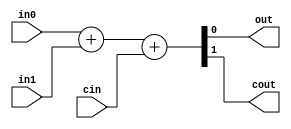
//**************************************************************************
// Verilog Components: Arithmetic Components
//--------------------------------------------------------------------------
// $Id: vcArith.v,v 1.2 2006/03/05 07:03:31 cbatten Exp $
//

//--------------------------------------------------------------------  
// Adders
//--------------------------------------------------------------------

module vcAdder #( parameter W = 1 )
(
  input  [W-1:0] in0, in1,
  input          cin,
  output [W-1:0] out,
  output         cout
);

  assign {cout,out} = in0 + in1 + cin;

endmodule

module vcAdder_simple #( parameter W = 1 )
(
  input  [W-1:0] in0, in1,
  output [W-1:0] out
);

  assign out = in0 + in1;

endmodule

//--------------------------------------------------------------------  
// Subtractor
//--------------------------------------------------------------------

module vcSubtractor #( parameter W = 1 )
(
  input  [W-1:0] in0, in1,
  output [W-1:0] out
);

  assign out = in0 - in1;

endmodule

//--------------------------------------------------------------------  
// Incrementer
//--------------------------------------------------------------------

module vcInc #( parameter W = 1, parameter INC = 1 )
(
  input  [W-1:0] in,
  output [W-1:0] out
);

  assign out = in + INC;

endmodule

//--------------------------------------------------------------------  
// Zero-Extension
//--------------------------------------------------------------------

module vcZeroExtend #( parameter W_IN = 1, parameter W_OUT = 8 )
(
  input  [W_IN-1:0]  in,
  output [W_OUT-1:0] out
);

  assign out = { {(W_OUT-W_IN){1'b0}}, in };

endmodule

//--------------------------------------------------------------------  
// Sign-Extension
//--------------------------------------------------------------------

module vcSignExtend #( parameter W_IN = 1, parameter W_OUT = 8 )
(
  input  [W_IN-1:0]  in,
  output [W_OUT-1:0] out
);

  assign out = { {(W_OUT-W_IN){in[W_IN-1]}}, in };

endmodule

//--------------------------------------------------------------------  
// Equal comparator
//--------------------------------------------------------------------

module vcEQComparator #( parameter W = 1 )
(
  input  [W-1:0] in0,
  input  [W-1:0] in1,
  output         out
);

  assign out = ( in0 == in1 );

endmodule

//--------------------------------------------------------------------  
// Less-Than Comparator
//--------------------------------------------------------------------

module vcLTComparator #( parameter W = 1 )
(
  input  [W-1:0] in0,
  input  [W-1:0] in1,
  output         out
);

  assign out = ( in0 < in1 );

endmodule